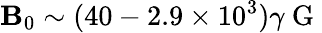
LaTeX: \mathbf{B}_{0}\sim(40-2.9\times10^{3})\gamma\mathrm{{~G~}}